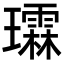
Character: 𪼬